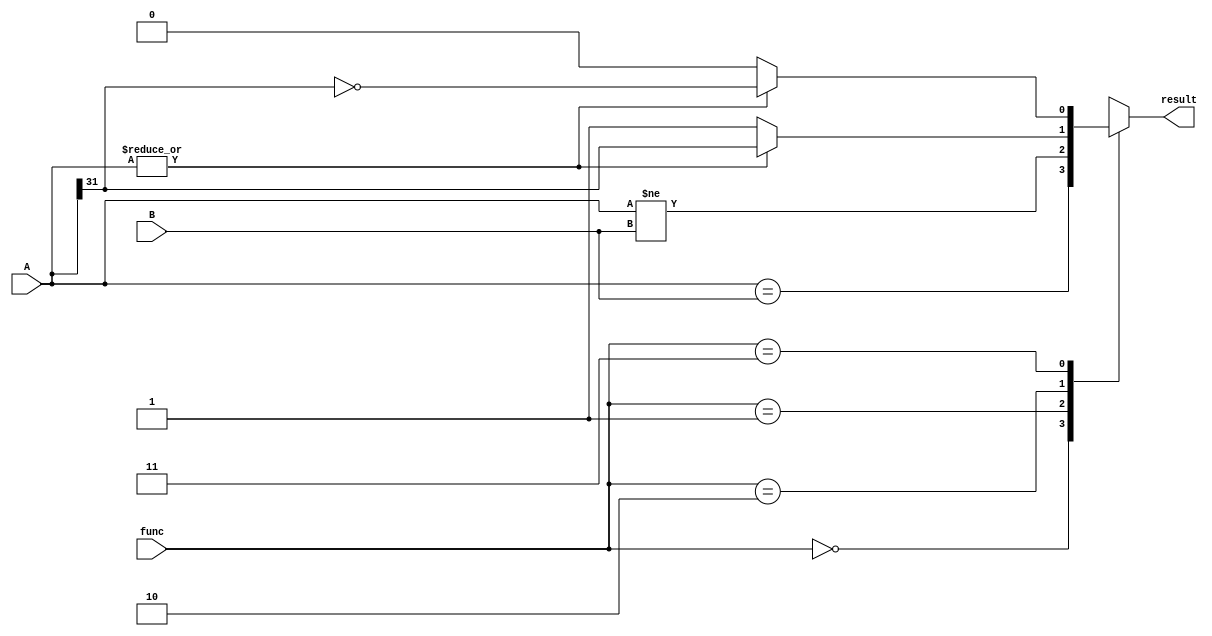
// branch_comp branch_comp_(result, A, B, func);
module branch_comp(
  output reg result,  // 1 means should do branch
  input [31:0] A, B,
  input [1:0] func    // 00, 01, 10, 11: beq, bne, blez, bgtz
);

  always @ (*)
    case (func)
      2'b00: result = (A == B);
      2'b01: result = (A != B);
      2'b10: result = |A ? A[31] : 1'b1;
      2'b11: result = |A ? ~A[31] : 1'b0;
    endcase

endmodule